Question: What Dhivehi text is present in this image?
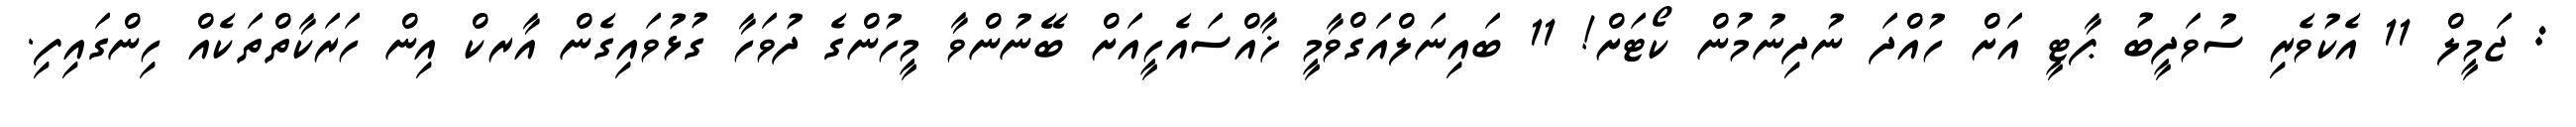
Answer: : ޖަމީލް 11 އެކުވެރި ސުވަދީބު ޕާޓީ އަށް ހުއްދަ ނުދިނުމުން ކޯޓަށް! 11 ބައިނަލްއަގްވާމީ ޚާއްސައެހީއަށް ބޭނުންވާ މީހުންގެ ދުވަހާ ގުޅުވައިގެން އާރކް އިން ހަރަކާތްތަކެއް ހިންގައިފި.